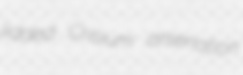
lidded Crisium arsenation